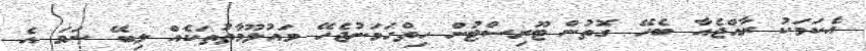
އެކަމަކު ރާއްޖެއާ ބެހޭ ގޮތުން ޓޫރިސްޓުން ހިތްހަމަނުޖެހޭ މައުލޫމާތުތަކެއް ލިބޭ ނަމަ އެ